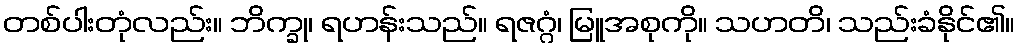
တစ်ပါးတုံလည်း။ ဘိက္ခု၊ ရဟန်းသည်။ ရဇဂ္ဂံ၊ မြူအစုကို။ သဟတိ၊ သည်းခံနိုင်၏။